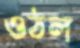
ওঠল